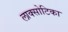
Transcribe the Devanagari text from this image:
लाक्सोटिका